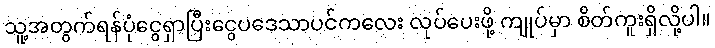
သူ့အတွက်ရန်ပုံငွေရှာပြီးငွေပဒေသာပင်ကလေး လုပ်ပေးဖို့ ကျုပ်မှာ စိတ်ကူးရှိလို့ပါ။